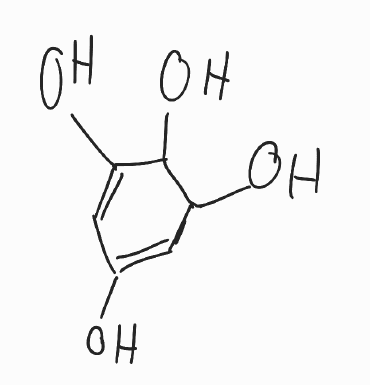
Simplified molecular-input line-entry system (SMILES) notation of the given molecule:
C1=C(C=C(C(C1O)O)O)O